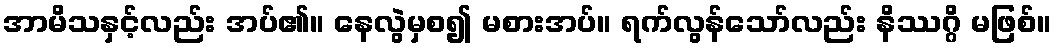
အာမိသနှင့်လည်း အပ်၏။ နေလွဲမှစ၍ မစားအပ်။ ရက်လွန်သော်လည်း နိဿဂ္ဂိ မဖြစ်။